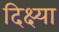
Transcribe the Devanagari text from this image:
दिक्ष्या